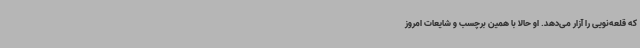
که قلعه‌نویی را آزار می‌دهد. او حالا با همین برچسب و شایعات امروز